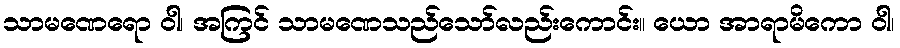
သာမဏေရော ဝါ၊ အကြင် သာမဏေသည်သော်လည်းကောင်း။ ယော အာရာမိကော ဝါ၊